Vaccination in Burma 1920-1933 - 1920-1933
Year: 1920
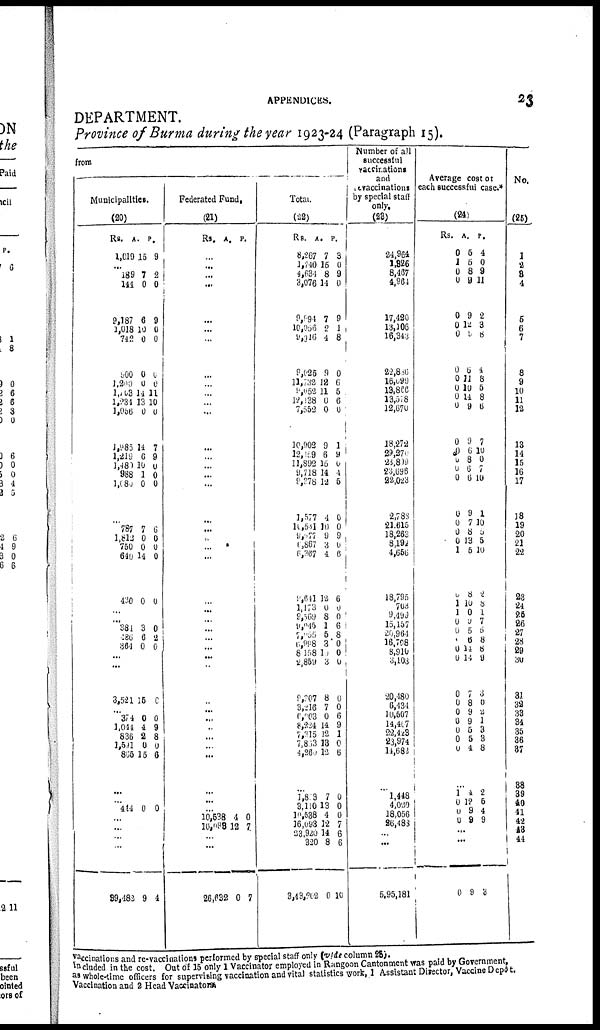
APPENDICES.
23
DEPARTMENT.
Province of Burma during the year 1921-24 (Paragraph 15).
from
Municipalities.
(20)
Rs.
1,019
A
15
P.
9
... 189
144
9,187
1,018
742
900
1,200
1,103
1,234
1,056
1,985
1,219
1,480
988
1,080
7
0
6
10
0
0
0
14 13
0
14
6
10
1
0
2
0
9
0
0
0
0
11
10
0
7
9
0
0
0
...
787
1,812
750
640
430
7
0
0
14
0
6
0
0
0
0
...
...
38l
286
364
3
6
0
0
2
0
...
...
3,521 15 0
...
374
1,044
836
1,541
865
0
4
2 0
15
0
9
8
0
6
...
...
444 0 0
...
...
...
...
39,482 9 4
Federated Fund.
(21)
Rs.
A. P.
...
...
...
...
...
...
...
...
...
...
...
...
...
...
...
...
...
...
...
...
...
...
...
...
...
...
...
...
...
...
...
...
...
...
...
...
...
...
...
...
10,538
l6,098
4
12
0
7
...
...
26,632 0 7
Total.
(22)
Rs.
8,267
1,710
1,634
3,076
9,994
10,006
9,916
9,025
11,732
9,652
12,138
7,552
10,902
12,159
11,892
9,718
9,378
1,577
10,541
9,077
1,867
6,367
9,641
1,173
9,569
9,945
7,065
6,998
8,158
2,859
9,907
3,216
6,903
8,224
7,215
7,863
l,260
A.
7
15
8
11
7
2
4
9
12
11
0
0
9
6
15
14
12
4
10
0
3
1
12
0
8
1
5
3
10
3
8
7
0
14
12
13
12
P.
3
0
9
0
9
4
8
0
6
5
6
1
1
9
0
4
5
0
0
9
0
6
6
0
0
6
8
0
0
0
0
0
6
9
1
0
6
...
1,803
3,110
10,538
16,093
23,920
320
3,43,202
7
13
1
12
14
8
0
0
0
0
7
6
6
10
Number of all
successful
vaccinations
and
Revaccinations
by special staff
only.
(23)
21,964
1,326
8,467
1,964
17,420
13,106
16,343
22,816
16,699
13,866
13,378
12,670
18,272
29,370
23,809
23,696
22,023
2,783
21,615
18,263
8,194
1,656
18,795
703
9,490
15,157
20,964
16,708
8,910
3,103
20,480
6,434
10,507
14,467
22,423
23,974
14,682
...
1,448
4,020
18,056
26,483
...
...
5,95,181
Average cost of
each successful case.*
(24)
Rs.
0
1
0
0
0
0
0
0
0
0
0
0
0
0 0
0 0
0
0
0
0
1
0
1
1
0
0
1
0
0
0
0
0
0
0
0
0
A.
5
5
8
9
9
12
9
6
11
10
14
9
9
6
8
6
6
9
7
8
13
5
8
10
0
9
5
6
14
14
7
8
9
9
5
5
4
P.
4
0
9
11
2
3
8
4
8
5
8
6
7
10
0
7
10
1
10
0
5
10
2
8
1
7
6 8
8
9
6
0
2
1
3
3
8
...
1
0
0
0
4
12
9
9
2
6
4
9
...
...
0 9 3
No.
(25)
1
2
3
4
5
6
7
8
9
10
11
12
13
14
15
16
17
18
19
20
21
22
23
24
25
26
27
28
29
30
31
32
33
34
35
36
37
38
39
40
41
42
43
44
vaccinations and re-vaccinations performed by special staff only (vide column 25).
included in the cost. Out of 15 only 1 Vaccinator employed in Rangoon Cantonment was paid by Government,
as whole-time officers for supervising vaccination and vital statistics work, 1 Assistant Director, Vaccine Depôt.
Vaccination and 2 Head Vaccinators.